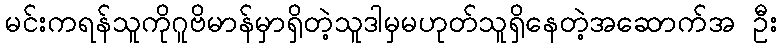
မင်းကရန်သူကိုဂူဗိမာန်မှာရှိတဲ့သူဒါမှမဟုတ်သူရှိနေတဲ့အဆောက်အ ဦး